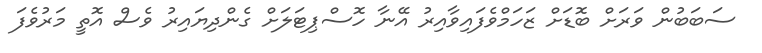
ސަބަބުން ވަރަށް ބޮޑަށް ޒަހަމްވެފައިވާއިރު އޭނާ ހޮސްޕިޓަލަށް ގެންދިޔައިރު ވެސް އޮތީ މަރުވެފަ